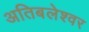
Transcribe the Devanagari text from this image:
अतिबलेश्वर